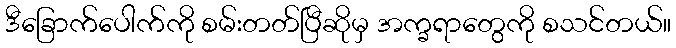
ဒီခြောက်ပေါက်ကို စမ်းတတ်ပြီဆိုမှ အက္ခရာတွေကို စသင်တယ်။